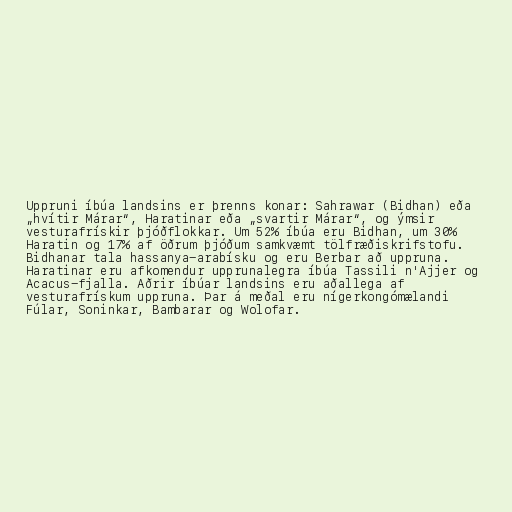
Uppruni íbúa landsins er þrenns konar: Sahrawar (Bidhan) eða
„hvítir Márar“, Haratinar eða „svartir Márar“, og ýmsir
vesturafrískir þjóðflokkar. Um 52% íbúa eru Bidhan, um 30%
Haratin og 17% af öðrum þjóðum samkvæmt tölfræðiskrifstofu.
Bidhanar tala hassanya-arabísku og eru Berbar að uppruna.
Haratinar eru afkomendur upprunalegra íbúa Tassili n'Ajjer og
Acacus-fjalla. Aðrir íbúar landsins eru aðallega af
vesturafrískum uppruna. Þar á meðal eru nígerkongómælandi
Fúlar, Soninkar, Bambarar og Wolofar.